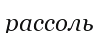
рассоль